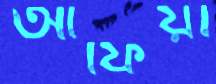
আফিয়া